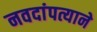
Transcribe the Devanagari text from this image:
नवदांपत्याने